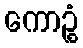
ကောဉ္စံ